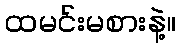
ထမင်းမစားနဲ့။